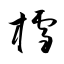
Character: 樰